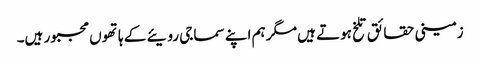
زمینی حقائق تلخ ہوتے ہیں مگر ہم اپنے سماجی رویئے کے ہاتھوں مجبور ہیں۔